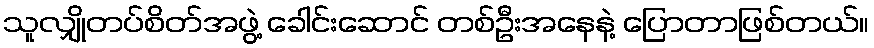
သူလျှိုတပ်စိတ်အဖွဲ့ ခေါင်းဆောင် တစ်ဦးအနေနဲ့ ပြောတာဖြစ်တယ်။